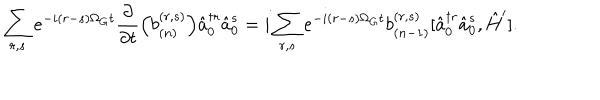
LaTeX: \sum _ { r , s } e ^ { - i ( r - s ) \Omega _ { G } t } \frac { \partial } { \partial t } \Bigl ( b _ { ( n ) } ^ { ( r , s ) } \Bigr ) \hat { a } _ { 0 } ^ { \dagger r } \hat { a } _ { 0 } ^ { s } = i \sum _ { r , s } e ^ { - i ( r - s ) \Omega _ { G } t } b _ { ( n - 1 ) } ^ { ( r , s ) } [ \hat { a } _ { 0 } ^ { \dagger r } \hat { a } _ { 0 } ^ { s } , \hat { H } ^ { \prime } ] .